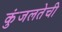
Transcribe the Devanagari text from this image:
कुंजलतेची